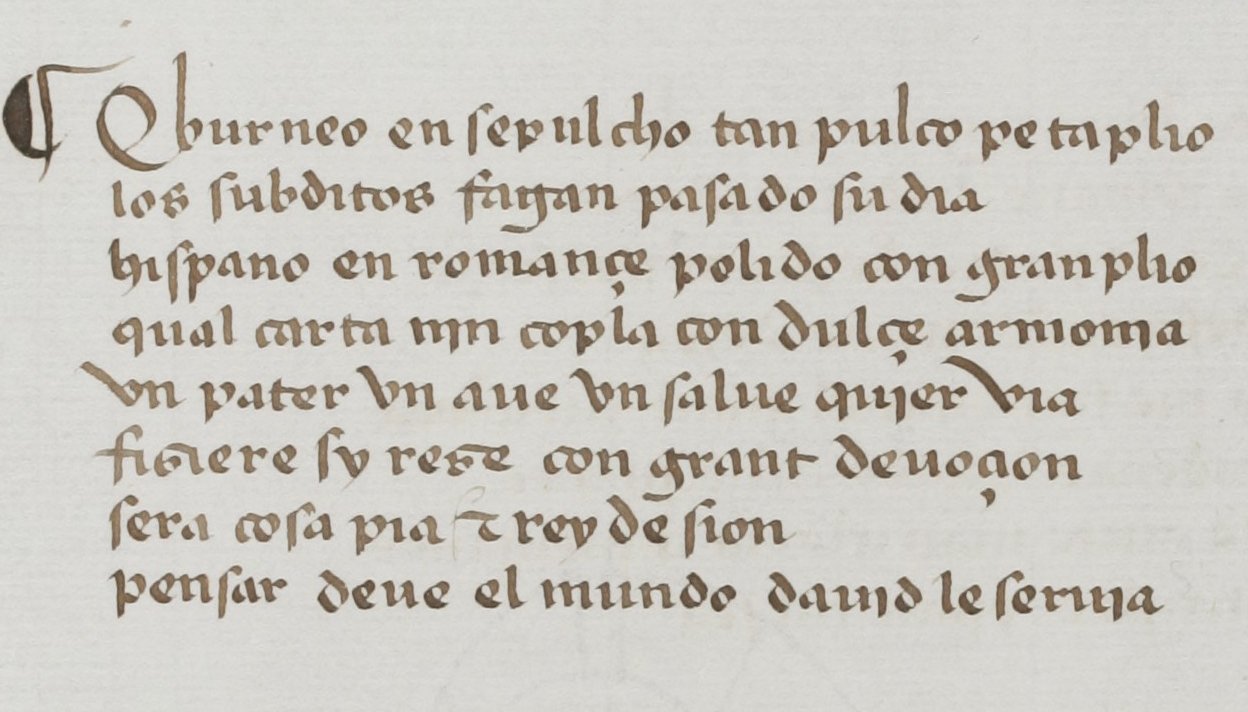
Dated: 1455–1485